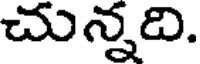
చున్నది.